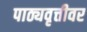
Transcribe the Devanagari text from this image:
पाठ्यवृत्तीवर